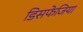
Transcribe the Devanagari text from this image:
डिसफेजिया